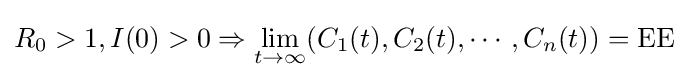
R_{0}>1,I(0)>0\Rightarrow \lim _{t\to \infty }(C_{1}(t),C_{2}(t),\cdots ,C_{n}(t))={\textrm {EE}}